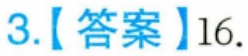
3.【答案】16.